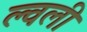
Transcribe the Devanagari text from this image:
ल्वली